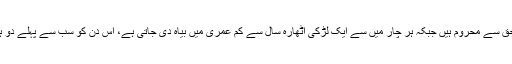
اقوام متحدہ کے ادارے یونیسکو کے مطابق دنیا بھر میں چھ کروڑبیس لاکھ لڑکیاں تعلیم کےحق سے محروم ہیں جبکہ ہر چار میں سے ایک لڑکی اٹھارہ سال سے کم عمری میں بیاہ دی جاتی ہے، اس دن کو سب سے پہلے دو ہزاربارہ میں منایا گیا تھا جبکہ 19 دسمبر 2011 کو یہ دن منانے کی قرار داد پاس کی تھی۔